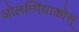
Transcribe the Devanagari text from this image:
ओलम्पियाकोस्